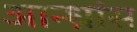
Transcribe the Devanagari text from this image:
आन्ध्रांस